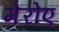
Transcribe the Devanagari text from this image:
मेरोए